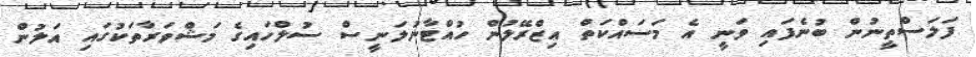
ފަލަސްތީނުން ބުނެފައި ވަނީ އެ މަސައްކަތް އިޒްރޭލުން ހުއްޓާނުލަނީސް ސުލްހައިގެ މަޝްވަރާތަކުގައި އަލުން